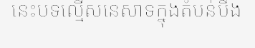
នេះបទល្មើសនេសាទក្នុងតំបន់បឹង